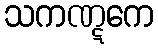
သကဏ္ဋကေ